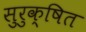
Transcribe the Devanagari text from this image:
सुरुक्षित